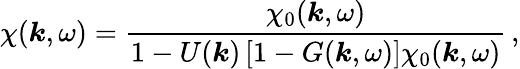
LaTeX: \chi(\boldsymbol{\mathit{k}},\omega)=\frac{{\chi_{0}(\boldsymbol{\mathit{k}},\omega)}}{{1-U(\boldsymbol{\mathit{k}})\left[1-G(\boldsymbol{\mathit{k}},\omega)\right]\chi_{0}(\boldsymbol{\mathit{k}},\omega)}}\, ,